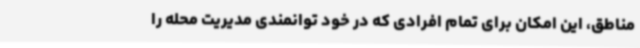
مناطق، این امکان برای تمام افرادی که در خود توانمندی مدیریت محله را